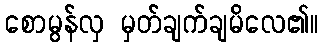
စောမွန်လှ မှတ်ချက်ချမိလေ၏။